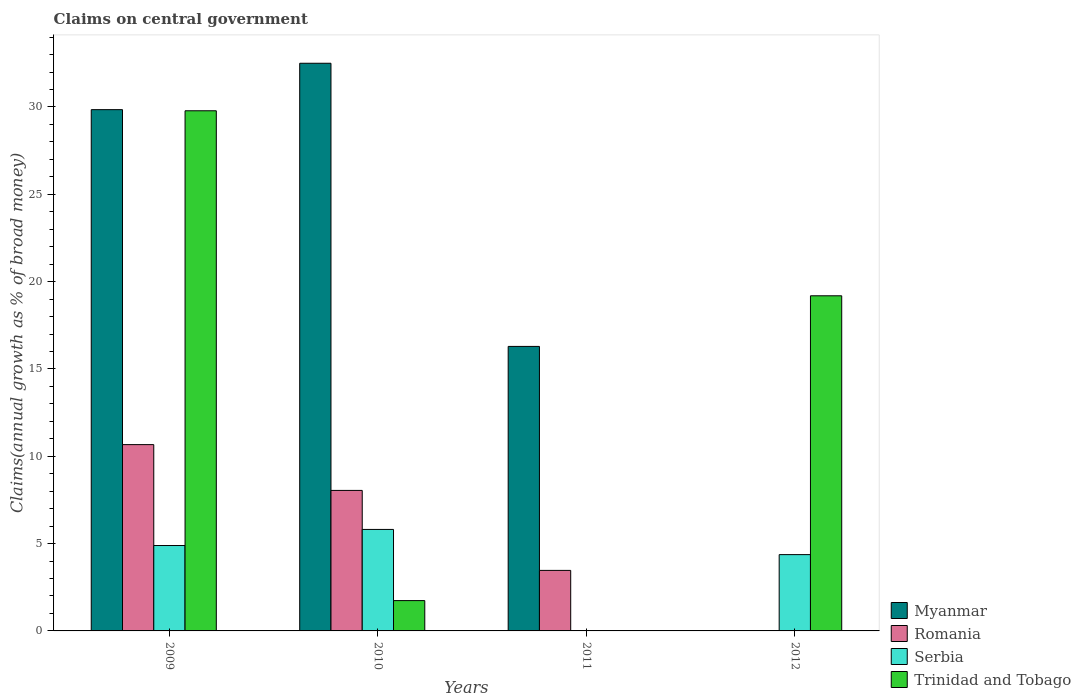
| Years | Myanmar | Romania | Serbia | Trinidad and Tobago |
 | --- | --- | --- | --- | --- |
 | 2009 | 29.8 | 10.7 | 4.89 | 29.8 |
 | 2010 | 32.5 | 8.05 | 5.81 | 1.74 |
 | 2011 | 16.3 | 3.47 | -2.65 | -7.56 |
 | 2012 | -42.8 | -1.51 | 4.37 | 19.2 |